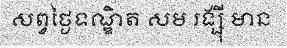
សព្វថ្ងៃទណ្ឌិត សម រង្ស៊ី មាន